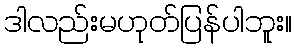
ဒါလည်းမဟုတ်ပြန်ပါဘူး။